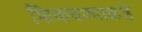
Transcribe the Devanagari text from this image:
शिकवण्याकडे